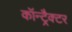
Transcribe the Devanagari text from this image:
कॉन्ट्रैक्टर